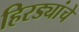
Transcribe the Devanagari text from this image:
हिरड्यांचे